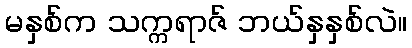
မနှစ်က သက္ကရာဇ် ဘယ်နှနှစ်လဲ။